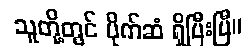
သူတို့တွင် ပိုက်ဆံ ရှိပြီးပြီ။